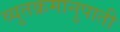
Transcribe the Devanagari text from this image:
व्युतक्रमानुपाती